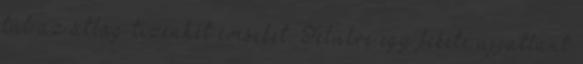
túl az átlag tizenhét éveseket. Felülre egy fekete ujjatlant